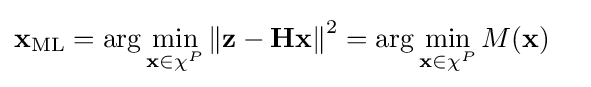
\mathbf {x} _{\mathrm {ML} }=\arg \min _{\mathbf {x} \in \chi ^{P}}\left\|\mathbf {z} -\mathbf {H} \mathbf {x} \right\|^{2}=\arg \min _{\mathbf {x} \in \chi ^{P}}M(\mathbf {x} )\quad